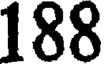
188